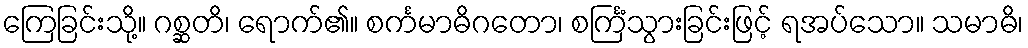
ကြေခြင်းသို့။ ဂစ္ဆတိ၊ ရောက်၏။ စင်္ကမာဓိဂတော၊ စင်္ကြံသွားခြင်းဖြင့် ရအပ်သော။ သမာဓိ၊